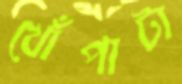
খোঁপাটা